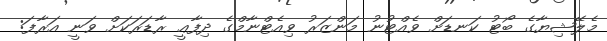
މެލޭޝިޔާގެ ބޯޓު ކަނޑަށް ވެއްޓުނު މަންޒަރު ވިއެޓްނާމްގެ ދިފާޢީ ރާޑަރަކަށް ވަނީ އަރާފަ: